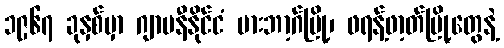
၁၉၆၇ ခုနှစ်မှာ ဂျာမနီနိုင်ငံ မားဘာ့ဂ်မြို့၊ ဖရန့်ဖာ့တ်မြို့တွေနဲ့